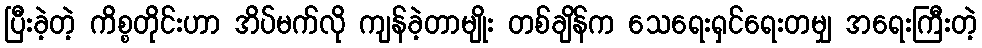
ပြီးခဲ့တဲ့ ကိစ္စတိုင်းဟာ အိပ်မက်လို ကျန်ခဲ့တာမျိုး တစ်ချိန်က သေရေးရှင်ရေးတမျှ အရေးကြီးတဲ့